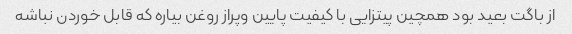
از باگت بعید بود همچین پیتزایی با کیفیت پایین و‌پر‌از روغن بیاره که قابل خوردن نباشه